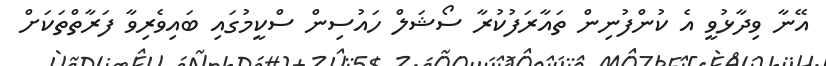
އޭނާ ވިދާޅުވީ އެ ކުންފުނިން ތައާރަފުކުރާ ސޯޝަލް ހައުސިން ސްކީމުގައި ބައިވެރިވާ ފަރާތްތަކަށް